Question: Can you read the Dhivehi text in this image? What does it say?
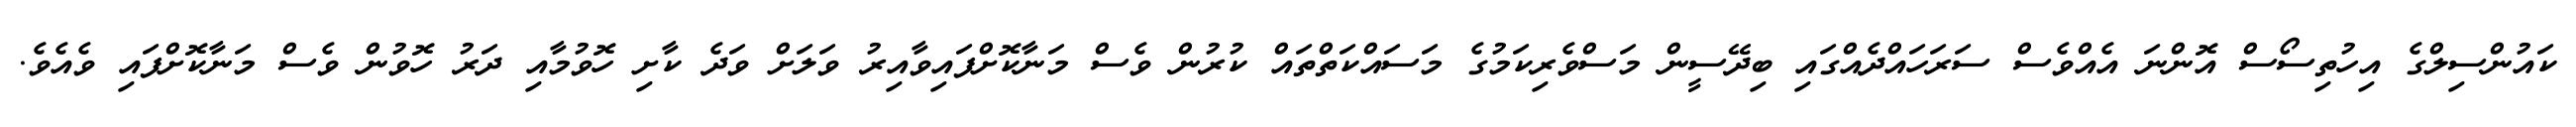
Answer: ކައުންސިލްގެ އިހުތިސޯސް އޮންނަ އެއްވެސް ސަރަހައްދެއްގައި ބިދޭސީން މަސްވެރިކަމުގެ މަސައްކަތްތައް ކުރުން ވެސް މަނާކޮށްފައިވާއިރު ވަލަށް ވަދެ ކާށި ހޮވުމާއި ދަރު ހޮވުން ވެސް މަނާކޮށްފައި ވެއެވެ.